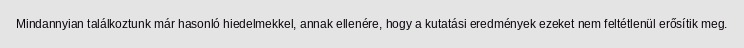
Mindannyian találkoztunk már hasonló hiedelmekkel, annak ellenére, hogy a kutatási eredmények ezeket nem feltétlenül erősítik meg.